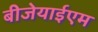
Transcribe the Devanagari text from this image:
बीजेयाईएम